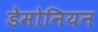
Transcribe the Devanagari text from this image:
डेमोनियन